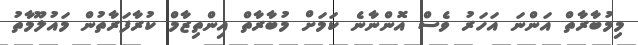
މިމުބާރާތް އަންނަ އަހަރު ވެސް އޮންނާނެ ކަމަށް މުބާރާތް އިންތިޒާމް ކުރާފަރާތުން މައުލޫމާތު